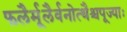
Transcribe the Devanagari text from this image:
फलैर्मूलैर्वनोत्थैश्चपूज्याः